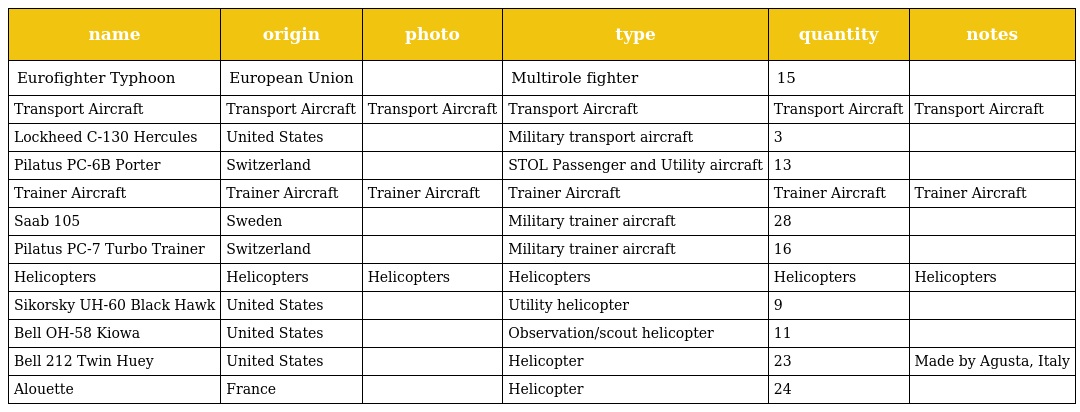
| name | origin | photo | type | quantity | notes |
 | --- | --- | --- | --- | --- | --- |
 | Eurofighter Typhoon | European Union |  | Multirole fighter | 15 |  |
 | Transport Aircraft | Transport Aircraft | Transport Aircraft | Transport Aircraft | Transport Aircraft | Transport Aircraft |
 | Lockheed C-130 Hercules | United States |  | Military transport aircraft | 3 |  |
 | Pilatus PC-6B Porter | Switzerland |  | STOL Passenger and Utility aircraft | 13 |  |
 | Trainer Aircraft | Trainer Aircraft | Trainer Aircraft | Trainer Aircraft | Trainer Aircraft | Trainer Aircraft |
 | Saab 105 | Sweden |  | Military trainer aircraft | 28 |  |
 | Pilatus PC-7 Turbo Trainer | Switzerland |  | Military trainer aircraft | 16 |  |
 | Helicopters | Helicopters | Helicopters | Helicopters | Helicopters | Helicopters |
 | Sikorsky UH-60 Black Hawk | United States |  | Utility helicopter | 9 |  |
 | Bell OH-58 Kiowa | United States |  | Observation/scout helicopter | 11 |  |
 | Bell 212 Twin Huey | United States |  | Helicopter | 23 | Made by Agusta, Italy |
 | Alouette | France |  | Helicopter | 24 |  |